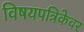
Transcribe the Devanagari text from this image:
विषयपत्रिकेवर